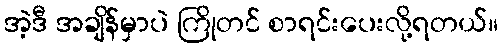
အဲ့ဒီ အချိန်မှာပဲ ကြိုတင် စာရင်းပေးလို့ရတယ်။